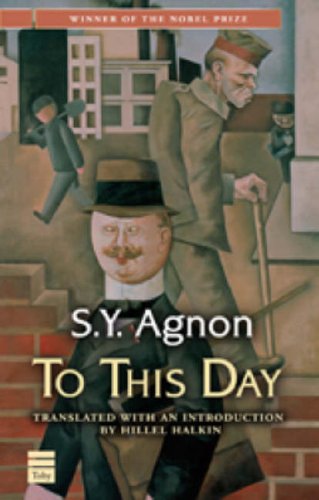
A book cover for To This Day; S. Y. Agnon; Literature & Fiction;